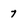
Character: 7